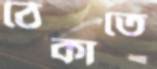
ঠেকাতে